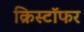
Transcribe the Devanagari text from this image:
क्रिस्टॉफर